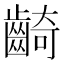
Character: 齮